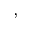
^ ,